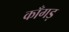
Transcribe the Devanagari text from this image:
काँगड़